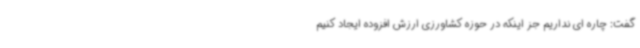
گفت: چاره ای نداریم جز اینکه در حوزه کشاورزی ارزش افزوده ایجاد کنیم